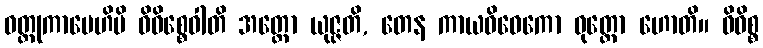
ဝတ္ထုကာမေဟိပိ ဝိဝိစ္စေဝါတိ အတ္ထော ယုဇ္ဇတိ, တေန ကာယဝိဝေကော ဝုတ္တော ဟောတိ။ ဝိဝိစ္စ